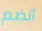
أنضم